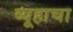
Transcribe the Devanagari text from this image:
व्यूहाचा